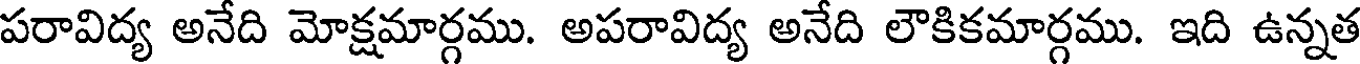
పరావిద్య అనేది మోక్షమార్గము. అపరావిద్య అనేది లౌకికమార్గము. ఇది ఉన్నత